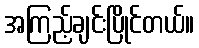
အကြည့်ချင်းပြိုင်တယ်။